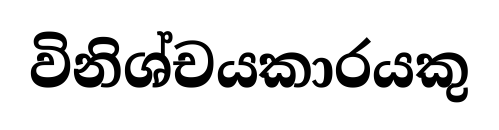
විනිශ්චයකාරයකු